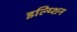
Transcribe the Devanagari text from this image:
इल्य्शिन